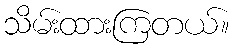
သိမ်းထားကြတယ်။